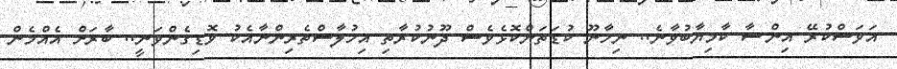
އަވަސްކުރޭ އިންޝާ ކާމިޔާބުވާނެ.. ނިހާނޫ ކުޑަތަންކޮޅެވެސް ދޫނުކުރާތި އިހުލާސްތެރިންނާއެކު ވޮޑިގެންވަނީ.. ބާރަށް އެއްމެން